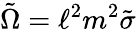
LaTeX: \tilde{\Omega}=\ell^{2}m^{2}\tilde{\sigma}